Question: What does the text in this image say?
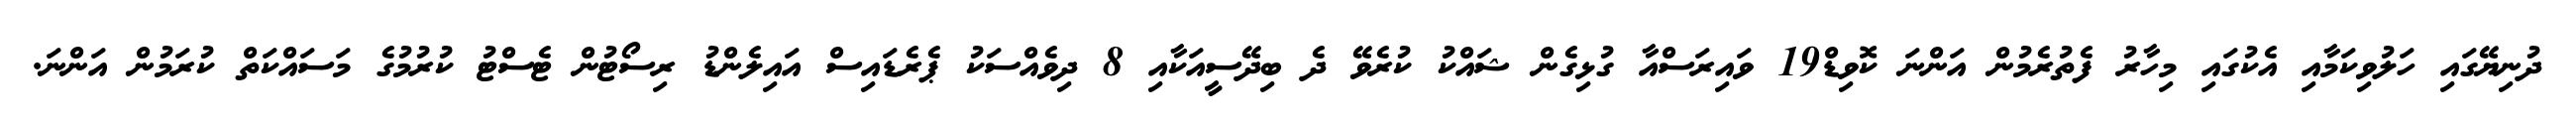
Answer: ދުނިޔޭގައި ހަލުވިކަމާއި އެކުގައި މިހާރު ފެތުރެމުން އަންނަ ކޮވިޑް19 ވައިރަސްއާ ގުޅިގެން ޝައްކު ކުރެވޭ ދެ ބިދޭސީއަކާއި 8 ދިވެއްސަކު ޕެރެޑައިސް އައިލެންޑު ރިސޯޓުން ޓެސްޓު ކުރުމުގެ މަސައްކަތް ކުރަމުން އަންނަ.